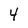
Character: 4